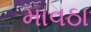
માવઠા